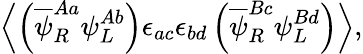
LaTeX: \left\langle\left(\overline{{{\psi}}}_{R}^{Aa}\psi_{L}^{Ab}\right)\epsilon_{ac}\epsilon_{bd}\left(\overline{{{\psi}}}_{R}^{Bc}\psi_{L}^{Bd}\right)\right\rangle,